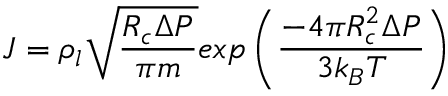
J = \rho _ { l } \sqrt { \frac { R _ { c } \Delta P } { \pi m } } e x p \left( \frac { - 4 \pi R _ { c } ^ { 2 } \Delta P } { 3 k _ { B } T } \right)